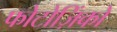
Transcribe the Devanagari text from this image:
फोटोज़िंको